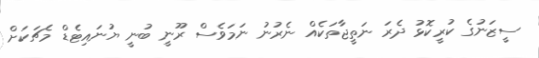
ސީޒަނުގެ ކުރީކޮޅު ދެރަ ނަތީޖާތަކެއް ނެރުނު ނަމަވެސް ރޫނީ ބުނީ ޔުނައިޓެޑް މެޗަކަށް